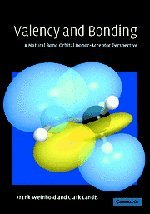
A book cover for Valency and Bonding: A Natural Bond Orbital Donor-Acceptor Perspective; Frank Weinhold; Science & Math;